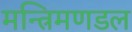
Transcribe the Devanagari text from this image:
मन्त्रिमणडल